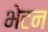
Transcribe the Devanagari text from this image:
भेटन